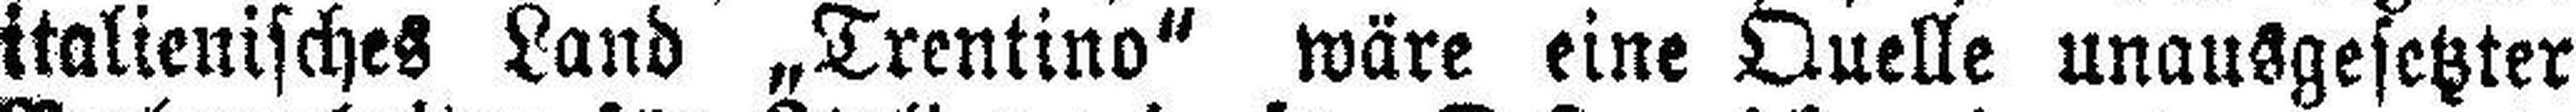
italienisches Land „Trentino“ wäre eine Quelle unausgesetzter